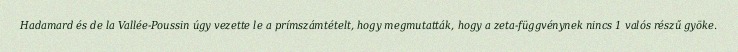
Hadamard és de la Vallée-Poussin úgy vezette le a prímszámtételt, hogy megmutatták, hogy a zeta-függvénynek nincs 1 valós részű gyöke.